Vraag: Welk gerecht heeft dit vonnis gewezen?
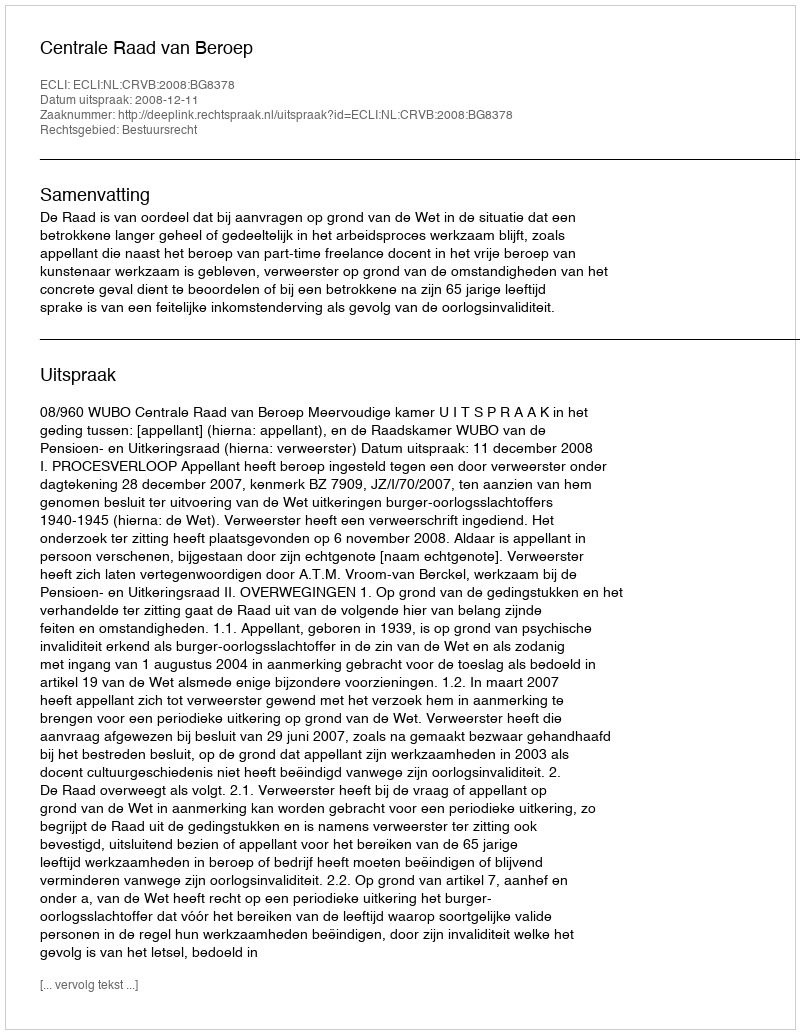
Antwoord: Centrale Raad van Beroep